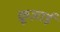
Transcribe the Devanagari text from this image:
क्रूज़ाई